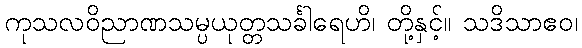
ကုသလဝိညာဏသမ္ပယုတ္တသင်္ခါရေဟိ၊ တို့နှင့်။ သဒိသာဧဝ၊